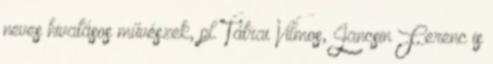
neves hivatásos művészek, pl. Tátrai Vilmos, Jancsin Ferenc is